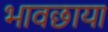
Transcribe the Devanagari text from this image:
भावछाया